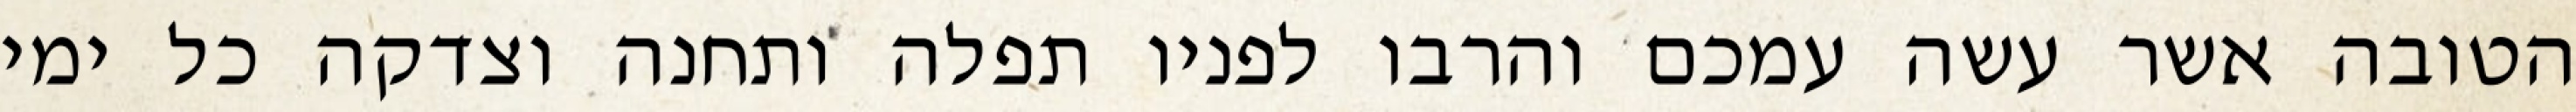
הטובה אשר עשה עמכם והרבו לפניו תפלה ותחנה וצדקה כל ימי